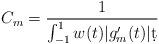
LaTeX: \begin{align*}C_m= \frac{1}{\int_{-1}^{1} w(t) |g_m'(t)| \d t}\end{align*}